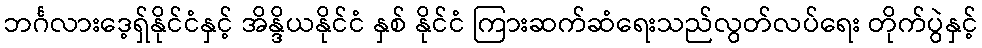
ဘင်္ဂလားဒေ့ရှ်နိုင်ငံနှင့် အိန္ဒိယနိုင်ငံ နှစ် နိုင်ငံ ကြားဆက်ဆံရေးသည်လွတ်လပ်ရေး တိုက်ပွဲနှင့်